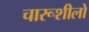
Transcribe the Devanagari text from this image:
चारूशीलो